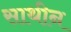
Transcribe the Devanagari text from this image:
साथीन